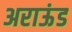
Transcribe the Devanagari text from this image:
अराऊंड